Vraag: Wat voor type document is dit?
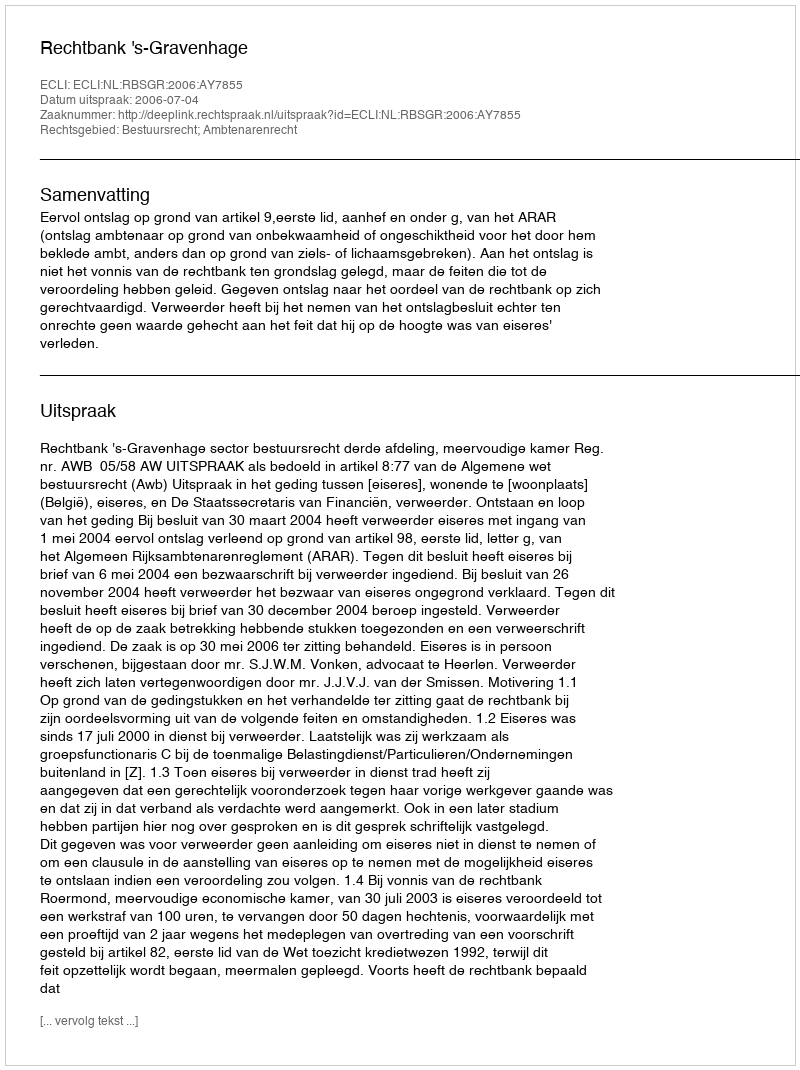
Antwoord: Uitspraak